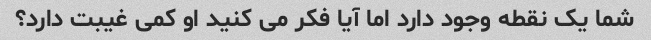
شما یک نقطه وجود دارد اما آیا فکر می کنید او کمی غیبت دارد؟